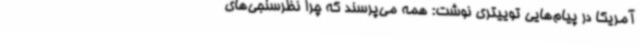
آمریکا در پیام‌هایی توییتری نوشت: همه می‌پرسند که چرا نظرسنجی‌های